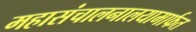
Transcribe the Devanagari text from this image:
महासंचालनालयामार्फत